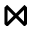
\bowtie